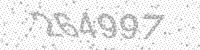
Solution: 264997